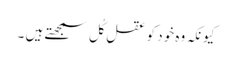
کیونکہ وہ خود کو عقلِ کُل سمجھتے ہیں ۔